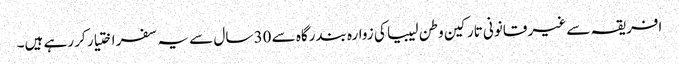
افریقہ سے غیر قانونی تارکین وطن لیبیا کی زوارہ بندرگاہ سے 30 سال سے یہ سفر اختیار کر رہے ہیں۔